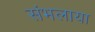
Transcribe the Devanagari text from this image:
संभलाया